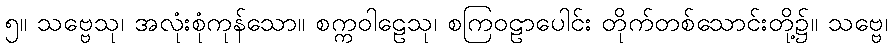
၅။ သဗ္ဗေသု၊ အလုံးစုံကုန်သော။ စက္ကဝါဠေသု၊ စကြဝဠာပေါင်း တိုက်တစ်သောင်းတို့၌။ သဗ္ဗေ၊